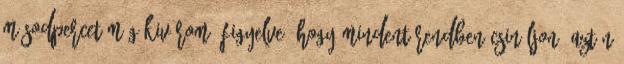
másodpercet még kivárom, figyelve, hogy mindent rendben csináljon, aztán